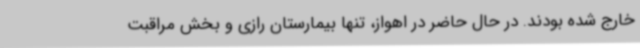
خارج شده بودند. در حال حاضر در اهواز، تنها بیمارستان رازی و بخش مراقبت